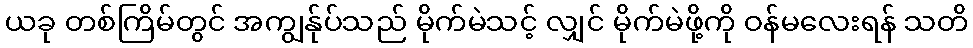
ယခု တစ်ကြိမ်တွင် အကျွန်ုပ်သည် မိုက်မဲသင့် လျှင် မိုက်မဲဖို့ကို ဝန်မလေးရန် သတိ